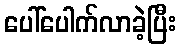
ပေါ်ပေါက်လာခဲ့ပြီး